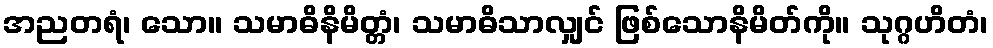
အညတရံ၊ သော။ သမာဓိနိမိတ္တံ၊ သမာဓိသာလျှင် ဖြစ်သောနိမိတ်ကို။ သုဂ္ဂဟိတံ၊